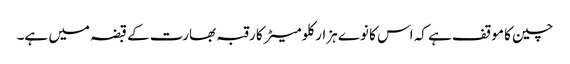
چین کا موقف ہے کہ اس کا نوے ہزار کلومیٹر کا رقبہ بھارت کے قبضہ میں ہے۔